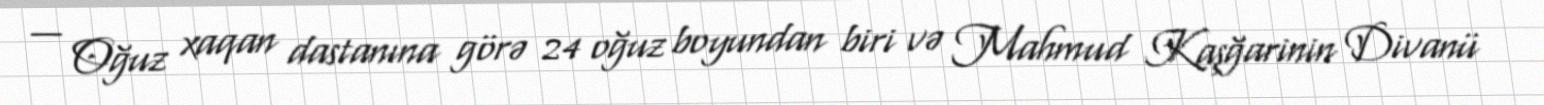
— Oğuz xaqan dastanına görə 24 oğuz boyundan biri və Mahmud Kaşğarinin Divanü